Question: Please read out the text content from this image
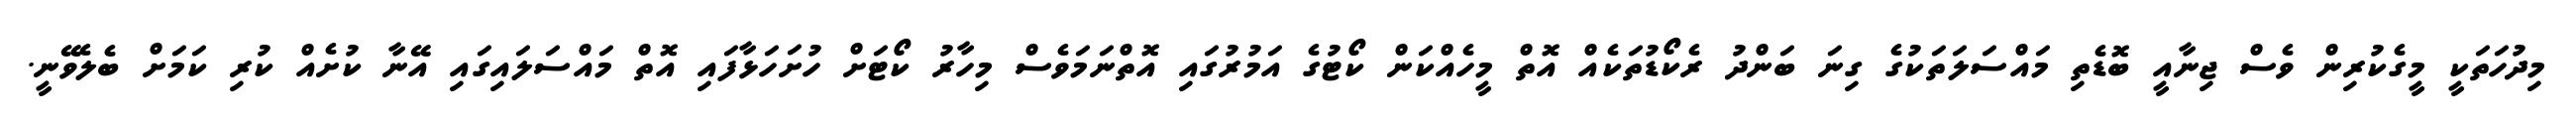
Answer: މިދުހަތަކީ މީގެކުރިން ވެސް ޖިނާއީ ބޮޑެތި މައްސަލަތަކުގެ ގިނަ ބަންދު ރެކޯޑުތަކެއް އޮތް މީހެއްކަން ކޯޓުގެ އަމުރުގައި އޮތްނަމަވެސް މިހާރު ކޯޓަށް ހުށަހަޅާފައި އޮތް މައްސަލައިގައި އޭނާ ކުށެއް ކުރި ކަމަށް ބެލެވޭނީ.